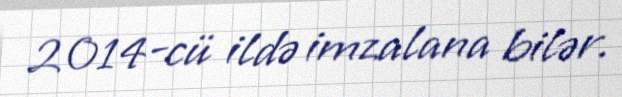
2014-cü ildə imzalana bilər.